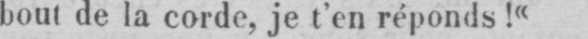
bout de la corde, je t’en réponds!«